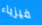
فيزياء